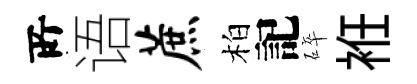
𠩄语蔗柏記碎袵